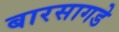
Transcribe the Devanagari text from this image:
बारसागडे